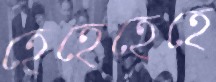
হেহেহেহে